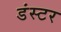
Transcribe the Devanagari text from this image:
डंस्टर